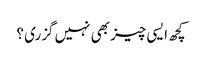
کچھ ایسی چیز بھی نہیں گزری ؟